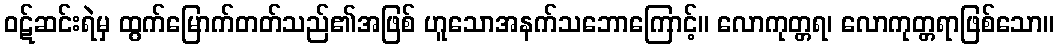
ဝဋ်ဆင်းရဲမှ ထွက်မြောက်တတ်သည်၏အဖြစ် ဟူသောအနက်သဘောကြောင့်။ လောကုတ္တရ၊ လောကုတ္တရာဖြစ်သော။